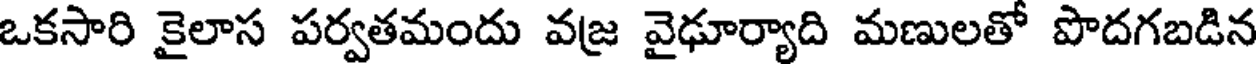
ఒకసారి కైలాస పర్వతమందు వజ వైఢూర్యాది మణులతో పొదగబడిన